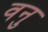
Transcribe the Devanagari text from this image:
वनु